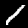
Label: 1